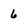
Character: 6